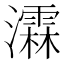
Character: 瀮